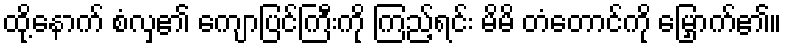
ထို့နောက် စံလှ၏ ကျောပြင်ကြီးကို ကြည့်ရင်း မိမိ တံတောင်ကို မြှောက်၏။